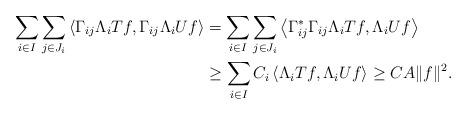
LaTeX: \begin{align*}\sum_{i\in I}\sum_{j\in J_i}\left\langle \Gamma_{ij}\Lambda_iTf,\Gamma_{ij}\Lambda_iUf\right\rangle&=\sum_{i\in I}\sum_{j\in J_i}\left\langle \Gamma^*_{ij}\Gamma_{ij}\Lambda_iTf,\Lambda_iUf\right\rangle\\&\ge \sum_{i\in I}C_i\left\langle \Lambda_iTf,\Lambda_iUf\right\rangle\ge CA\|f\|^2.\end{align*}